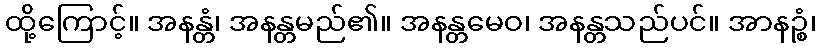
ထို့ကြောင့်။ အနန္တံ၊ အနန္တမည်၏။ အနန္တမေဝ၊ အနန္တသည်ပင်။ အာနဉ္စံ၊